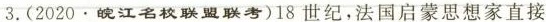
3.(2020.皖江名校联盟联考)18世纪，法国启蒙思想家直接